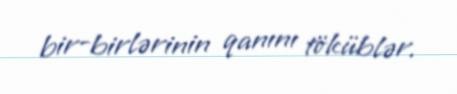
bir-birlərinin qanını töküblər.